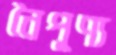
নৈপূণ্য